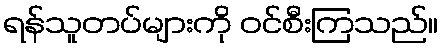
ရန်သူတပ်များကို ဝင်စီးကြသည်။